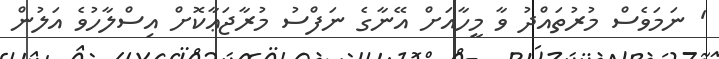
' ނަމަވެސް މުރުތައްދު ވާ މީހާއަށް އޭނާގެ ނަފްސު މުރާޖަޢާކޮށް އިސްލާހުވެ އަލުން